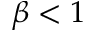
\beta < 1